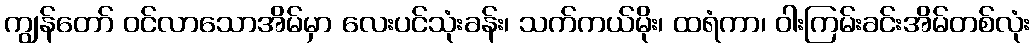
ကျွန်တော် ဝင်လာသောအိမ်မှာ လေးပင်သုံးခန်း၊ သက်ကယ်မိုး၊ ထရံကာ၊ ဝါးကြမ်းခင်းအိမ်တစ်လုံး